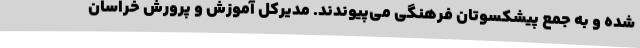
شده و به جمع پیشکسوتان فرهنگی می‌پیوندند. مدیرکل آموزش و پرورش خراسان